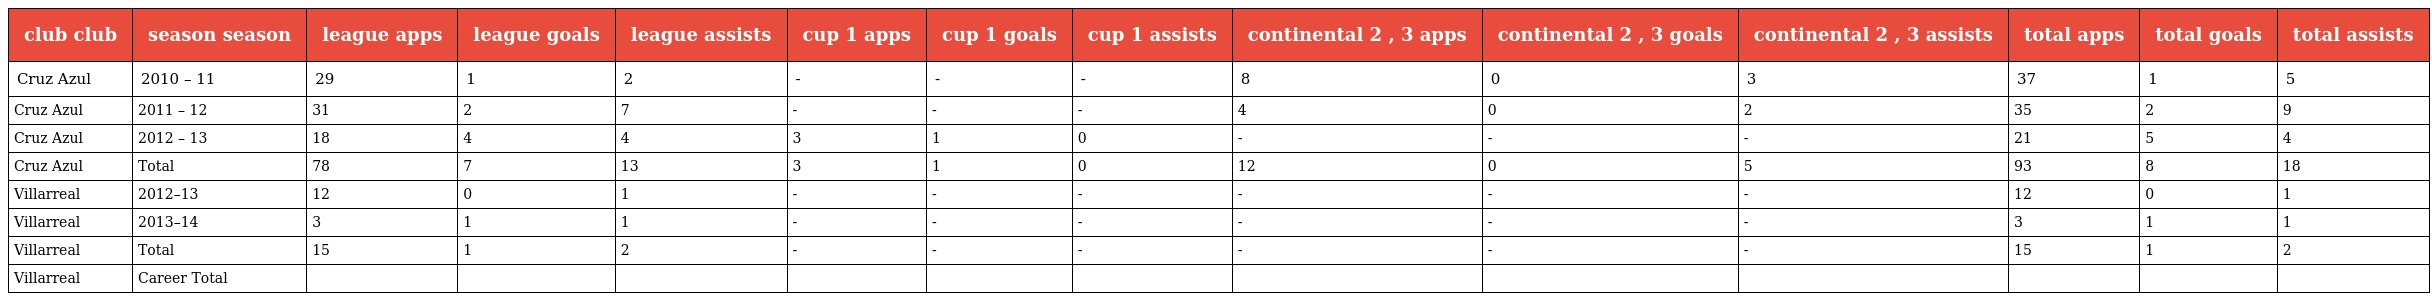
| club club | season season | league apps | league goals | league assists | cup 1 apps | cup 1 goals | cup 1 assists | continental 2 , 3 apps | continental 2 , 3 goals | continental 2 , 3 assists | total apps | total goals | total assists |
 | --- | --- | --- | --- | --- | --- | --- | --- | --- | --- | --- | --- | --- | --- |
 | Cruz Azul | 2010 – 11 | 29 | 1 | 2 | - | - | - | 8 | 0 | 3 | 37 | 1 | 5 |
 | Cruz Azul | 2011 – 12 | 31 | 2 | 7 | - | - | - | 4 | 0 | 2 | 35 | 2 | 9 |
 | Cruz Azul | 2012 – 13 | 18 | 4 | 4 | 3 | 1 | 0 | - | - | - | 21 | 5 | 4 |
 | Cruz Azul | Total | 78 | 7 | 13 | 3 | 1 | 0 | 12 | 0 | 5 | 93 | 8 | 18 |
 | Villarreal | 2012–13 | 12 | 0 | 1 | - | - | - | - | - | - | 12 | 0 | 1 |
 | Villarreal | 2013–14 | 3 | 1 | 1 | - | - | - | - | - | - | 3 | 1 | 1 |
 | Villarreal | Total | 15 | 1 | 2 | - | - | - | - | - | - | 15 | 1 | 2 |
 | Villarreal | Career Total |  |  |  |  |  |  |  |  |  |  |  |  |